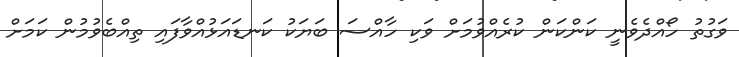
ވަގުތު ހޯއްދެވެނީ ކަންކަން ކުރެއްވުމަށް ވަކި ހާއްސަ ބަޔަކު ކަނޑައަޅުއްވާފައި ތިއްބެވުމުން ކަމަށް